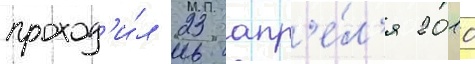
проход'и́л 23 апр'е́л'я 2010